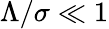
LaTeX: \Lambda/\sigma\ll 1